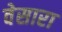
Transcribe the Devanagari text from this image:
वेसारा